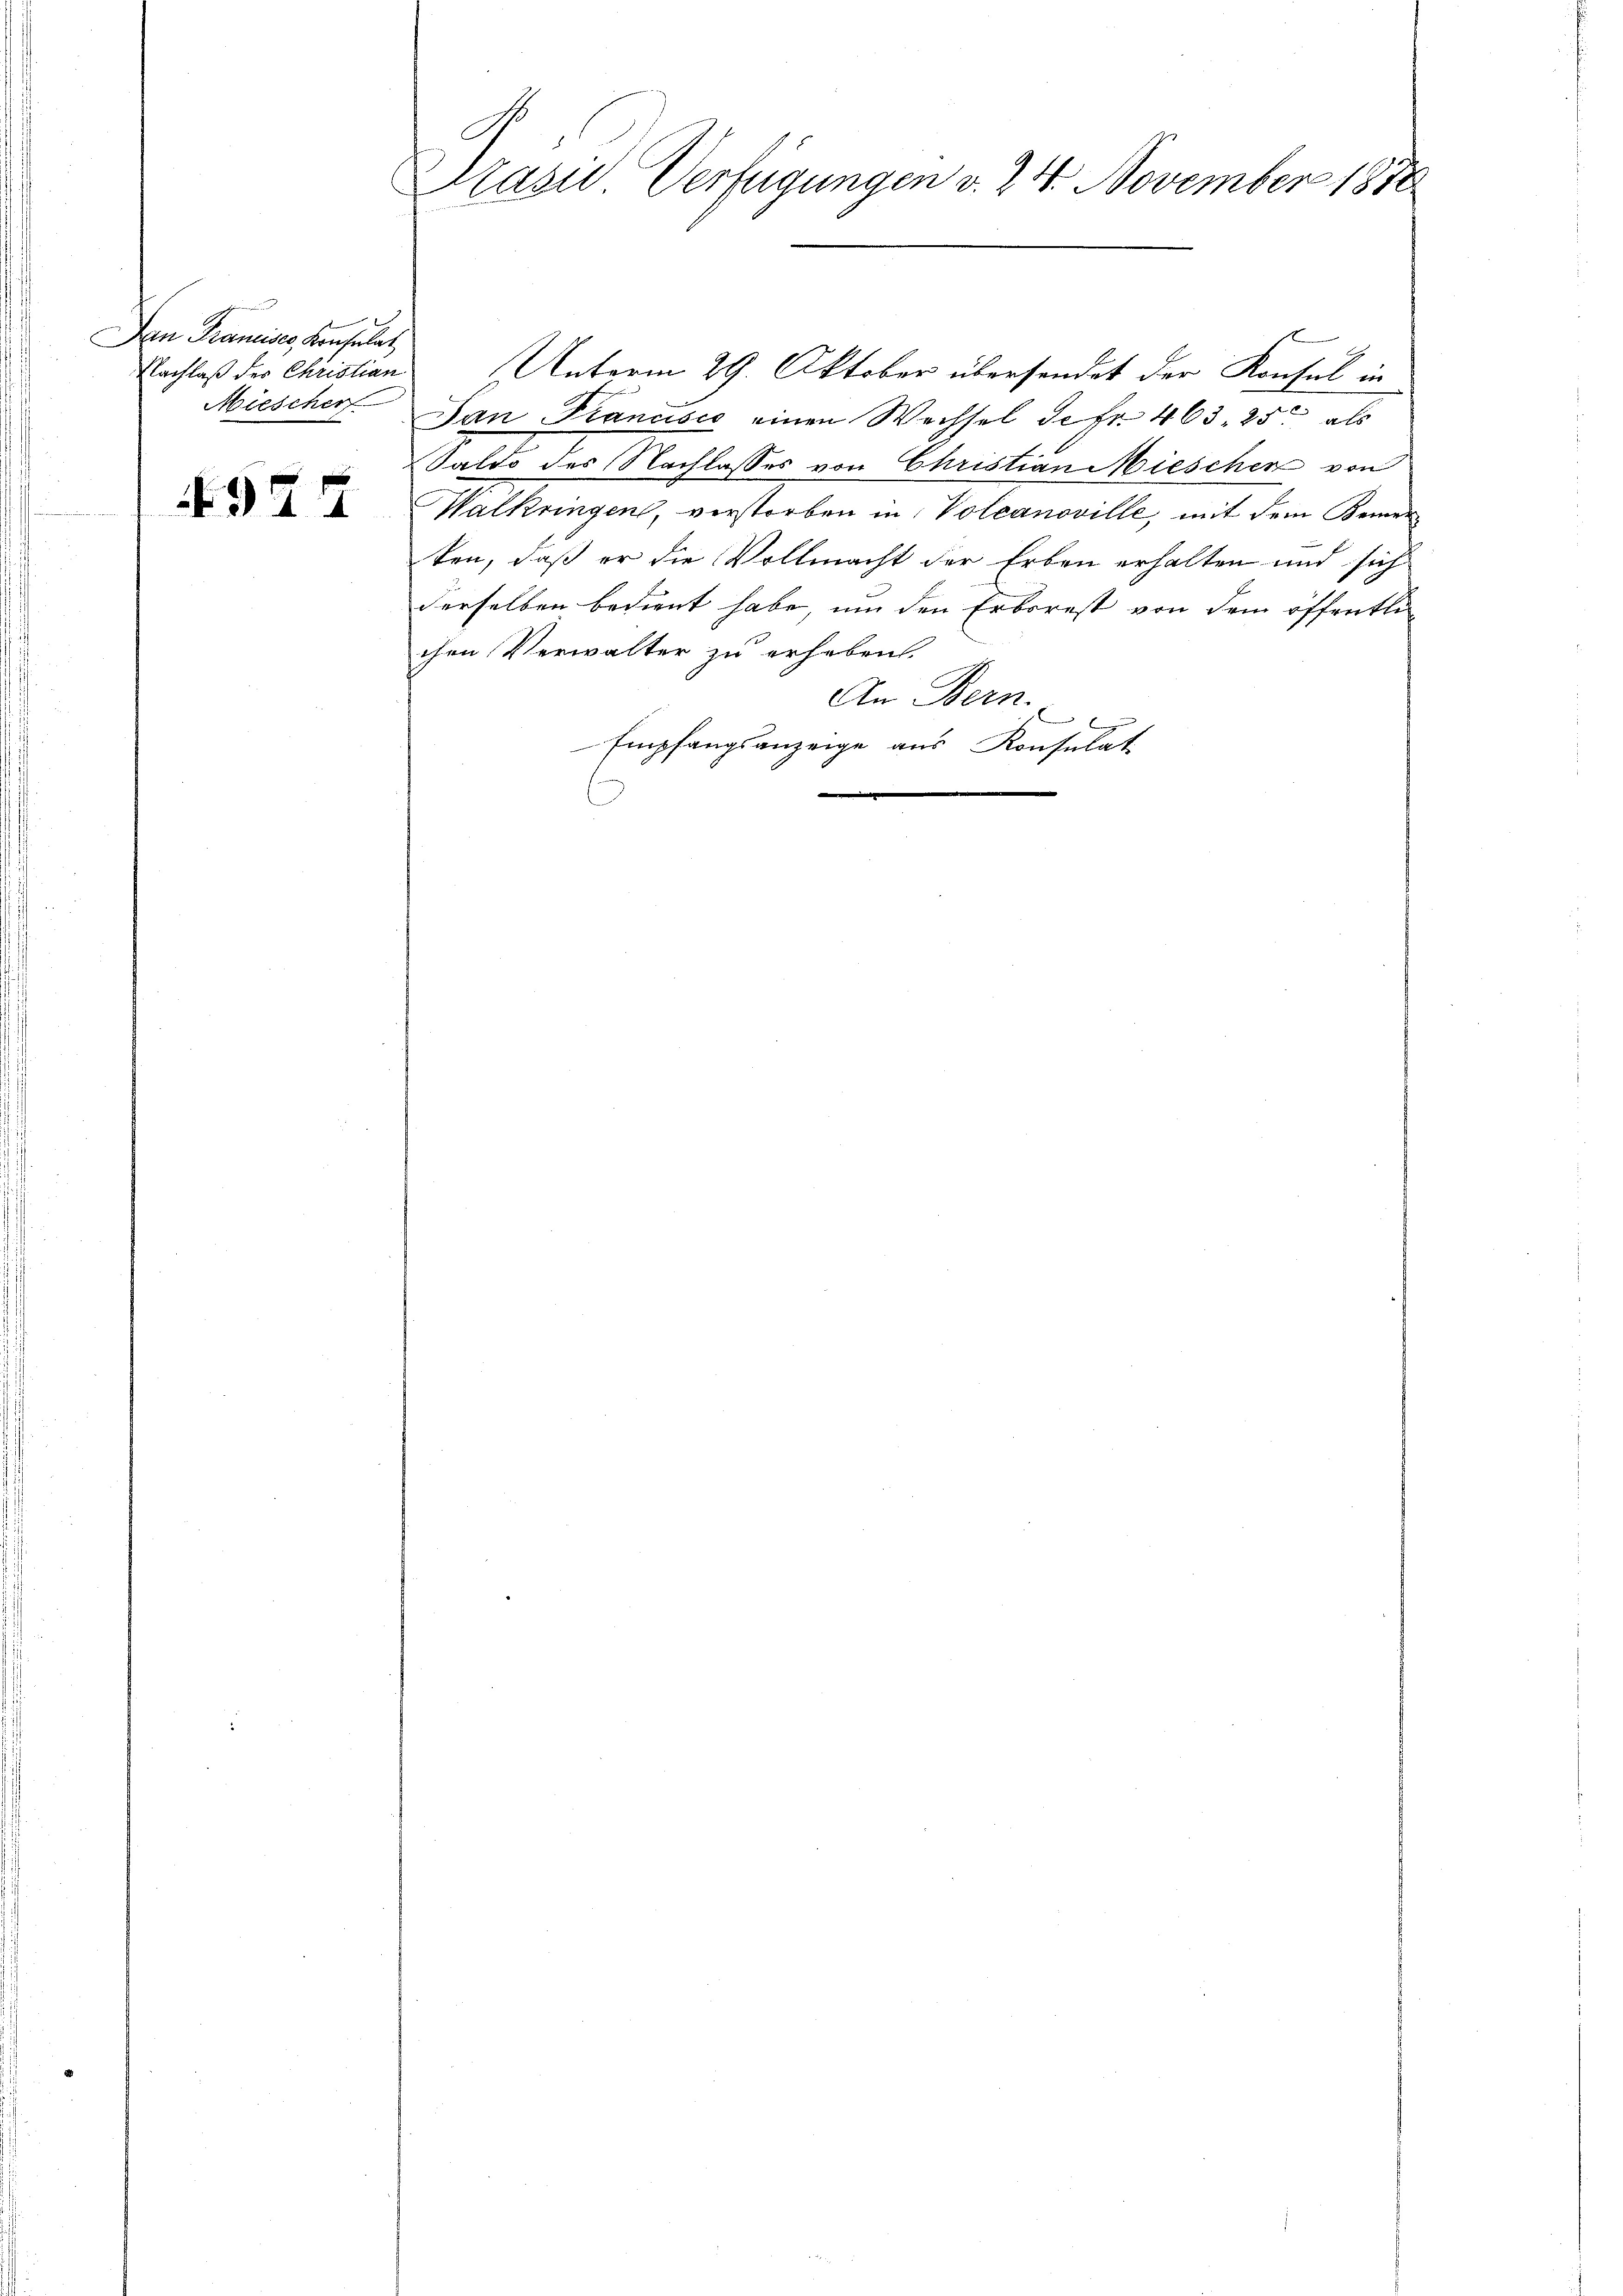
Dan Francises, Konsulat
Nachlaß der Christian
Miescher

4944

Präsii Verfügungen v. 24. November 1810

Unterm 29. Oktober übersendet der Konsul in
Jan Prancisco einen Wechsel de fr. 463. 25t als
Saldo des Nachlasses von Christian Miescher von
Walkringen, verstorben in Voleanoville, mit dem Bemer
ten, daß er die Vollmacht der Erben erhalten und sich
derselben bedient habe, um den Erbsrest von dem öffentlic
chen Verwalter zu erheben.
An Bern.
Empfangsanzeige aus Konsulat